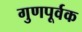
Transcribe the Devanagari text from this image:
गुणपूर्वक